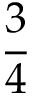
\frac 3 4